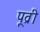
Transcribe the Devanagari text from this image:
पूव्री